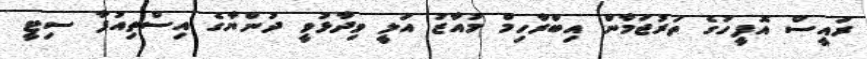
ރައީސް އޮފީހުގެ ތަރުޖަމާން އިބްރާހިމް މުއާޒު އަލީ ވިދާޅުވީ ދުންޔާގެ އިސްތިއުފާ ސިޓީ